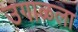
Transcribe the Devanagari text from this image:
उगाळला